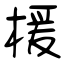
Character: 楥